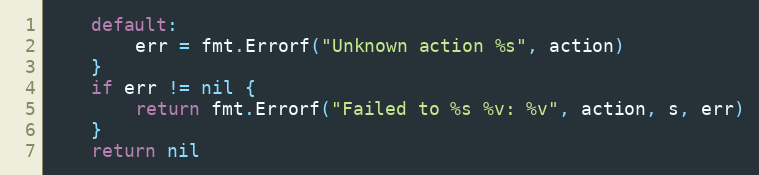
Language: Go
	default:
		err = fmt.Errorf("Unknown action %s", action)
	}
	if err != nil {
		return fmt.Errorf("Failed to %s %v: %v", action, s, err)
	}
	return nil